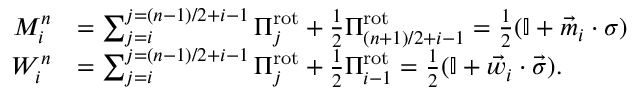
\begin{array} { r l } { M _ { i } ^ { n } } & { = \sum _ { j = i } ^ { j = ( n - 1 ) / 2 + i - 1 } \Pi _ { j } ^ { \mathrm { r o t } } + \frac { 1 } { 2 } \Pi _ { ( n + 1 ) / 2 + i - 1 } ^ { \mathrm { r o t } } = \frac { 1 } { 2 } ( \mathbb { I } + \vec { m } _ { i } \cdot \sigma ) } \\ { W _ { i } ^ { n } } & { = \sum _ { j = i } ^ { j = ( n - 1 ) / 2 + i - 1 } \Pi _ { j } ^ { \mathrm { r o t } } + \frac { 1 } { 2 } \Pi _ { i - 1 } ^ { \mathrm { r o t } } = \frac { 1 } { 2 } ( \mathbb { I } + \vec { w } _ { i } \cdot \vec { \sigma } ) . } \end{array}